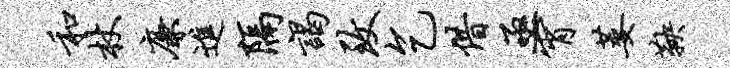
和杖廉进隔谒致乞借亟宵萎鞅